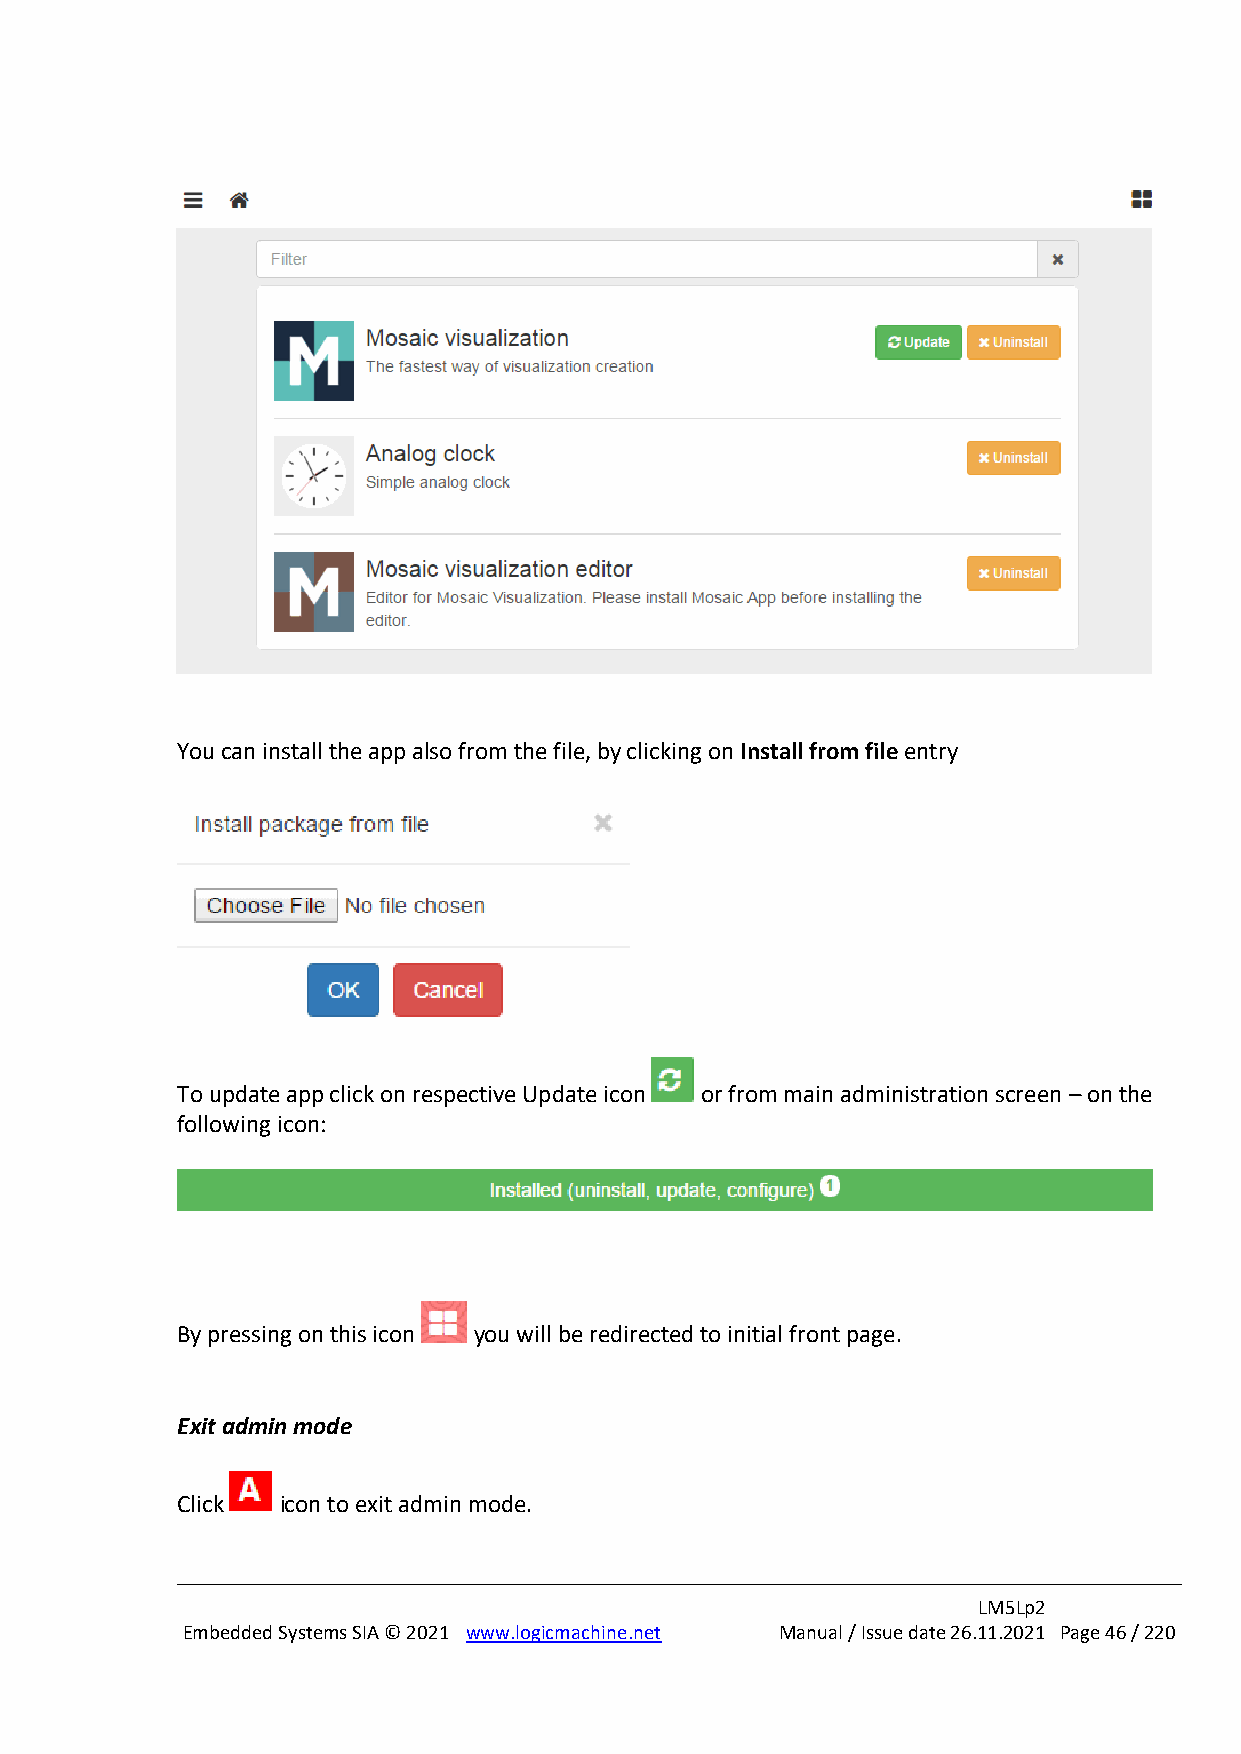
You can install the app also from the file, by clicking on Install from file entry
 To update app click on respective Update icon or from main administration screen – on the
 following icon:
 By pressing on this icon you will be redirected to initial front page.
 Exit admin mode
 Click icon to exit admin mode.
 LM5Lp2
 Embedded Systems SIA © 2021 www.logicmachine.net Manual / Issue date 26.11.2021 Page 46 / 220